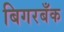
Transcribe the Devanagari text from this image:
बिगरबँक